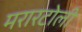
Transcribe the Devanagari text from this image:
मरारटोली